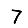
Digit: 7